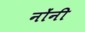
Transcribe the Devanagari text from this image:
नोंनी